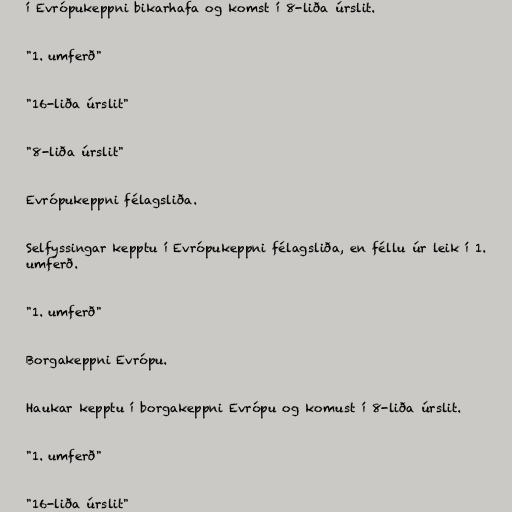
í Evrópukeppni bikarhafa og komst í 8-liða úrslit.

"1. umferð"

"16-liða úrslit"

"8-liða úrslit"

Evrópukeppni félagsliða.

Selfyssingar kepptu í Evrópukeppni félagsliða, en féllu úr leik í 1.
umferð.

"1. umferð"

Borgakeppni Evrópu.

Haukar kepptu í borgakeppni Evrópu og komust í 8-liða úrslit.

"1. umferð"

"16-liða úrslit"